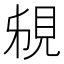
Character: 䙻